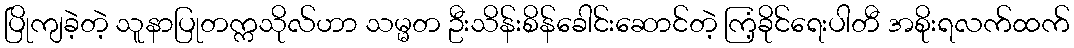
ပြိုကျခဲ့တဲ့ သူနာပြုတက္ကသိုလ်ဟာ သမ္မတ ဦးသိန်းစိန်ခေါင်းဆောင်တဲ့ ကြံ့ခိုင်ရေးပါတီ အစိုးရလက်ထက်